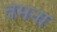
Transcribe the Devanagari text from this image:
तेमना